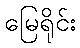
မြေရိုင်း